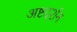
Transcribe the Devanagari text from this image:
अष्टदर्शन